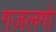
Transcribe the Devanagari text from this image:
ग़ज़लगो